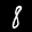
Label: 8